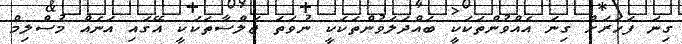
ގިނަ ފަހަރަށް ގިނަ އެއްވުންތަކަކީ ބައްދަލަވުންތަކަކީ ނުވަތަ ޖަލްސާތަކަކީ އޭގައި އަނެއް މުސްލިމް